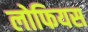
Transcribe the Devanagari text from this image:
लोफियस